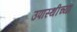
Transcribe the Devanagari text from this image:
उपास्थीच्या